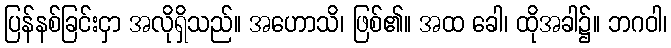
ပြန်နစ်ခြင်းငှာ အလိုရှိသည်။ အဟောသိ၊ ဖြစ်၏။ အထ ခေါ၊ ထိုအခါ၌။ ဘဂဝါ၊